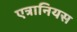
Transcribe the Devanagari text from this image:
एत्रानियस